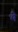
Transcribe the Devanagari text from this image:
भ्‍ी